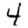
Digit: 4